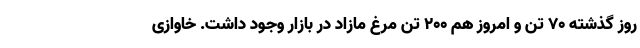
روز گذشته ۷۰ تن و امروز هم ۲۰۰ تن مرغ مازاد در بازار وجود داشت. خاوازی